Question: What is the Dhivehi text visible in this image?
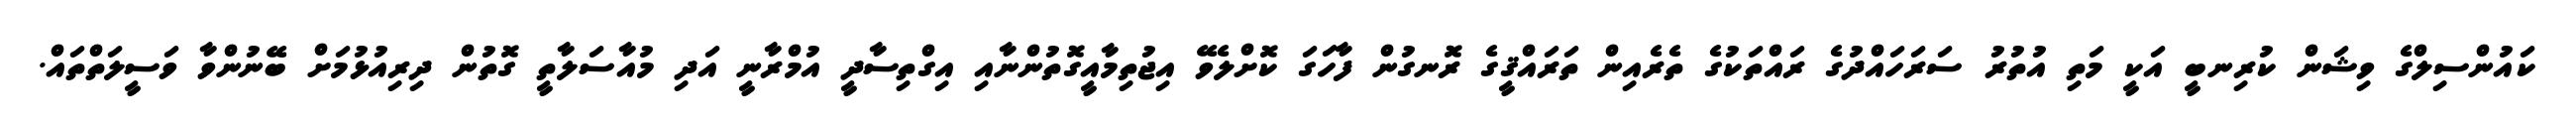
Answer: ކައުންސިލްގެ ވިޝަން ކުރިނބީ އަކީ މަތި އުތުރު ސަރަހައްދުގެ ރައްތަކުގެ ތެރެއިން ތަރައްޤީގެ ރޮނގުން ފާހަގަ ކޮށްލެވޭ އިޖުތިމާއީގޮތުންނާއި އިގްތިސާދީ އުމްރާނީ އަދި މުއާސަލާތީ ގޮތުން ދިރިއުޅުމަށް ބޭނުންވާ ވަސީލަތްތައް.